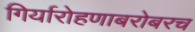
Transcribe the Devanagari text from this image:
गिर्यारोहणाबरोबरच